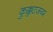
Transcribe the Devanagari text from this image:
कुक्कुटजन्म